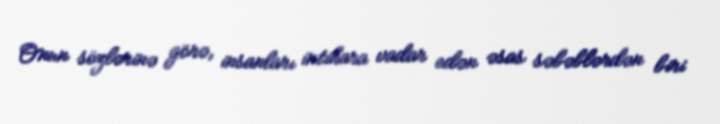
Onun sözlərinə görə, insanları intihara vadar edən əsas səbəblərdən biri